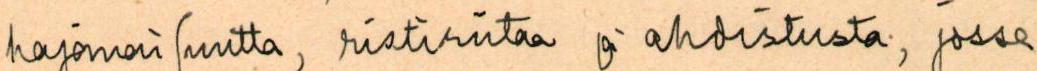
hajanaisuutta, ristiriitaa ja ahdistusta, jossa